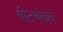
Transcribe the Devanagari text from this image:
बीटकोइन